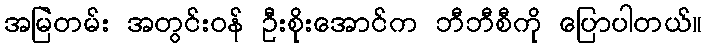
အမြဲတမ်း အတွင်းဝန် ဦးစိုးအောင်က ဘီဘီစီကို ပြောပါတယ်။